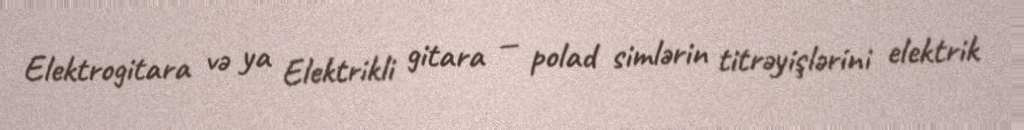
Elektrogitara və ya Elektrikli gitara — polad simlərin titrəyişlərini elektrik